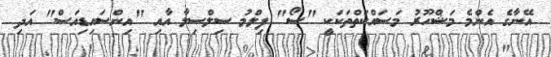
އޭނާގެ އެންމެ މަޝްހޫރު މަސައްކަތްތަކަކީ "ސޯ" ފިލްމު ސިލްސިލާ އާއި "އިންސައިޑިއަސް" އަދި